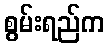
စွမ်းရည်က